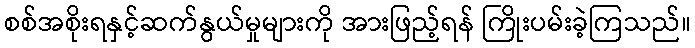
စစ်အစိုးရနှင့်ဆက်နွယ်မှုများကို အားဖြည့်ရန် ကြိုးပမ်းခဲ့ကြသည်။